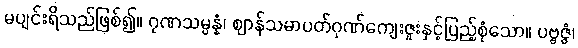
မပျင်းရိသည်ဖြစ်၍။ ဂုဏသမ္ပန္နံ၊ ဈာန်သမာပတ်ဂုဏ်ကျေးဇူးနှင့်ပြည့်စုံသော။ ပဗ္ဗဇ္ဇံ၊